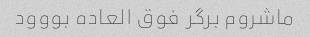
ماشروم برگر فوق العاده بووود